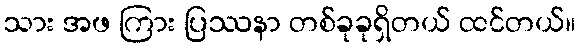
သား အဖ ကြား ပြဿနာ တစ်ခုခုရှိတယ် ထင်တယ်။